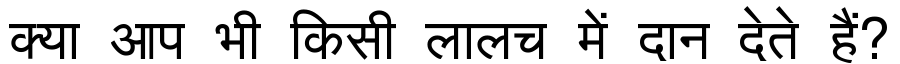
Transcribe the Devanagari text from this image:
क्या आप भी किसी लालच में दान देते हैं?